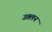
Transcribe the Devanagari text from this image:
उत्तलन